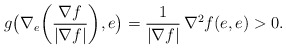
\begin{align*}g\big(\nabla_e\bigg(\frac{\nabla f}{|\nabla f|}\bigg),e\big)=\frac{1}{|\nabla f|}\,\nabla^2f(e,e)>0.\end{align*}